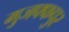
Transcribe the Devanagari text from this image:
मुजफ्फपुर